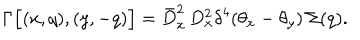
\Gamma \Big [ ( x , q ) , ( y , - q ) \Big ] = \bar { D } _ { x } ^ { 2 } \, D _ { x } ^ { 2 } \delta ^ { 4 } ( \theta _ { x } - \theta _ { y } ) \, \Sigma ( q ) .